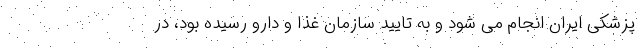
پزشکی ایران انجام می شود و به تایید سازمان غذا و دارو رسیده بود، در